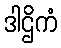
ဒါဌိကံ